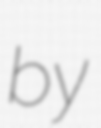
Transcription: by